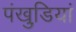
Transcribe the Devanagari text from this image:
पंखुडि़यां